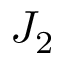
J _ { 2 }